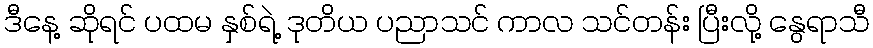
ဒီနေ့ ဆိုရင် ပထမ နှစ်ရဲ့ ဒုတိယ ပညာသင် ကာလ သင်တန်း ပြီးလို့ နွေရာသီ